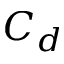
C _ { d }